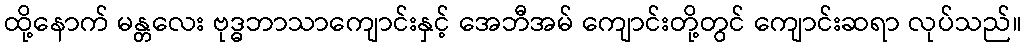
ထို့နောက် မန္တလေး ဗုဒ္ဓဘာသာကျောင်းနှင့် အေဘီအမ် ကျောင်းတို့တွင် ကျောင်းဆရာ လုပ်သည်။